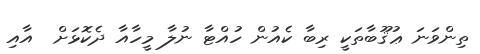
ތިންވަނަ ޢުޤޫބާތަކީ ރިބާ ކެއުން ހުއްޓާ ނުލާ މީހާއާ ދެކޮޅަށް  އާއި